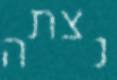
נצתה